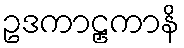
ဥဒကာဠှကာနိ